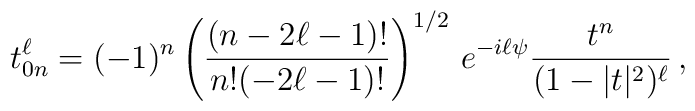
t^\ell_{0n} = (-1)^n\left(\frac{(n-2\ell-1)!} {n!{(-2\ell-1)!}}\right)^{1/2}\, e^{-i\ell\psi} \frac{t^n}{(1-|t|^2)^\ell}\,,